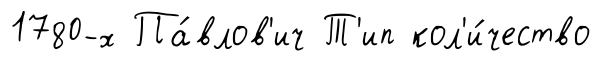
1780-х Па́влов'ич Т'ип кол'и́чество